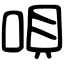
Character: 唄